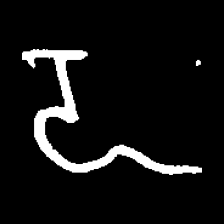
Pyu character \u2014 Myanmar letter: ဍ (romanized: dda)